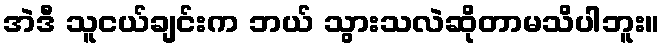
အဲဒီ သူငယ်ချင်းက ဘယ် သွားသလဲဆိုတာမသိပါဘူး။